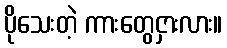
ပိုသေးတဲ့ ကားတွေငှားလား။